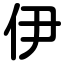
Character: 伊